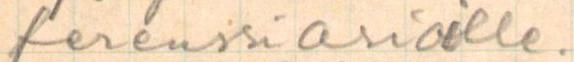
ferenssiasioille.